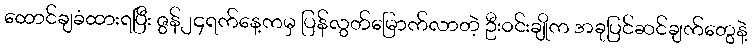
ထောင်ချခံထားရပြီး ဇွန်၂၄ရက်နေ့ကမှ ပြန်လွတ်မြောက်လာတဲ့ ဦးဝင်းချိုက အခုပြင်ဆင်ချက်တွေနဲ့